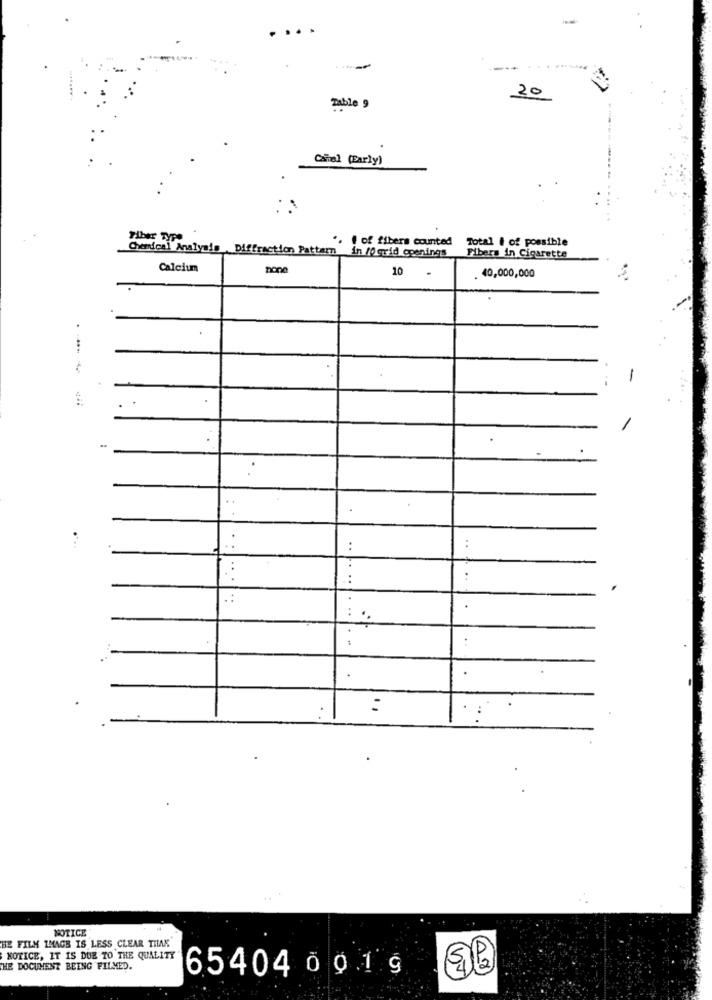
..
20
Table 9
Canal (Early)
Fiber TYP
.. . of fibers counted
Total & of possible
Chemical Analysis . Diffraction Pattern
in /0grid openings
Fibers in Cigarette
Calcium
none
10
40,000,000
. ....
:
.. ....
. ..
.
:
NOTICE
BE FILM IMAGE IS LESS CLEAR THAN
NOTICE, IT IS DUE TO THE QUALITY
THE DOCUMENT BEING FILMED.
18
65404 0 0.1 9